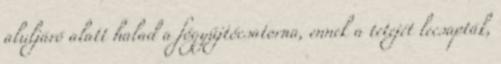
aluljáró alatt halad a főgyűjtőcsatorna, ennek a tetejét lecsapták,